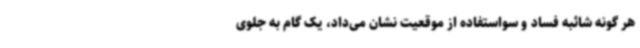
هر گونه شائبه فساد و سو‌استفاده از موقعیت نشان می‌داد، یک گام به جلوی